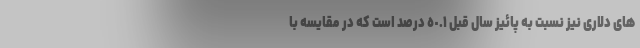
های دلاری نیز نسبت به پائیز سال قبل ٥٠.١ درصد است که در مقایسه با